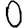
Digit: 0